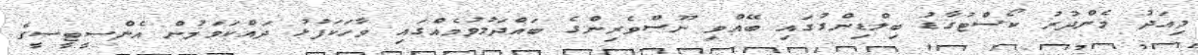
މިއަދު މެންދުރު ކޯސްޓުގާޑު ބިލްޑިންގުގައި ބޭއްވި ނޫސްވެރިންގެ ބައްދަލުވުމެއްގައި ވާހަކަފުޅު ދައްކަވަމުން އެންސީޓީސީގެ